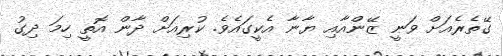
ގޭތެރެއަށް ވަނީ ޒޭންއާއި ޔާނާ އެކީގައެވެ. ކުރިއަށް ދާން އޮތީ ހިމަ ދިގު